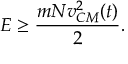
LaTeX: E \ge \frac { m N v _ { C M } ^ { 2 } ( t ) } { 2 } .